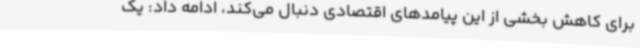
برای کاهش بخشی از این پیامدهای اقتصادی دنبال می‌کند، ادامه داد: یک